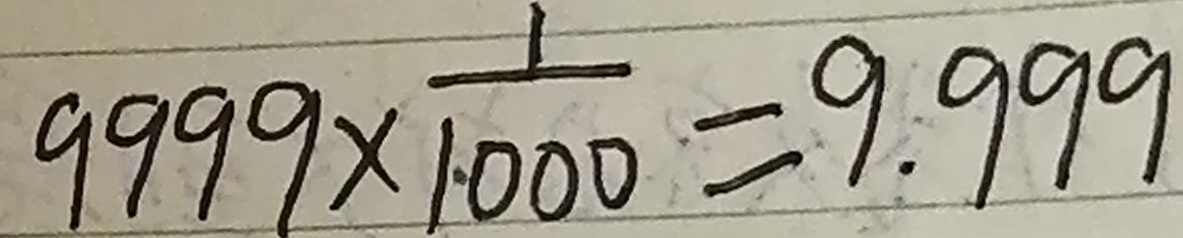
9 9 9 9 \times \frac { 1 } { 1 0 0 0 } = 9 . 9 9 9